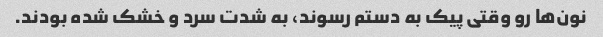
نون‌ها رو وقتی پیک به دستم رسوند، به شدت سرد و خشک شده بودند.